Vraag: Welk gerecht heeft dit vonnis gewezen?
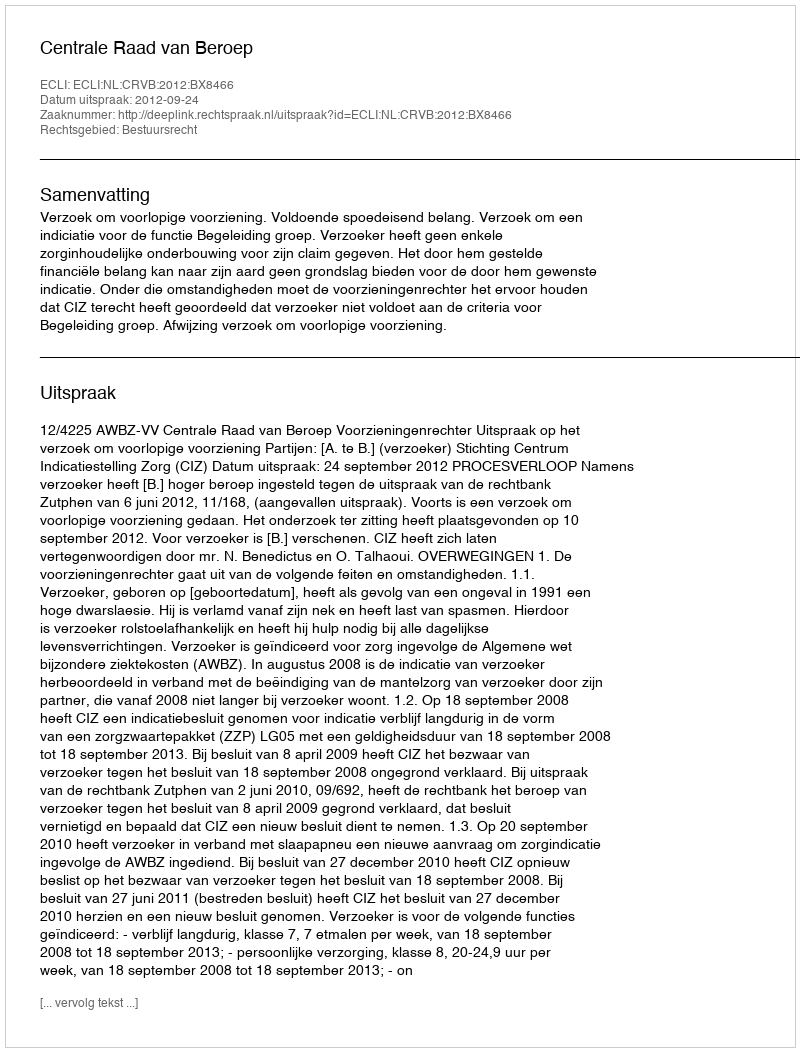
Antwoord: Centrale Raad van Beroep